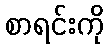
စာရင်းကို